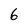
Character: 6